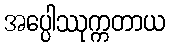
အပ္ပေါဿုက္ကတာယ